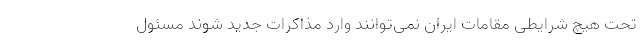
تحت هیچ شرایطی مقامات ایران نمی‌توانند وارد مذاکرات جدید شوند مسئول